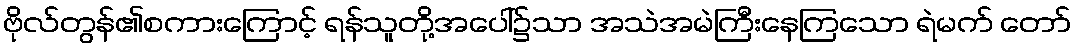
ဗိုလ်တွန်၏စကားကြောင့် ရန်သူတို့အပေါ်၌သာ အသဲအမဲကြီးနေကြသော ရဲမက် တော်